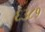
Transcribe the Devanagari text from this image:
६३८१